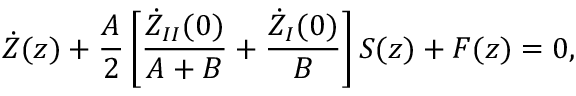
\dot { Z } ( z ) + \frac { A } { 2 } \left[ \frac { \dot { Z } _ { I I } ( 0 ) } { A + B } + \frac { \dot { Z } _ { I } ( 0 ) } { B } \right] S ( z ) + F ( z ) = 0 ,